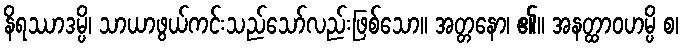
နိရဿာဒမ္ပိ၊ သာယာဖွယ်ကင်းသည်သော်လည်းဖြစ်သော။ အတ္တနော၊ ၏။ အနတ္ထာဝဟမ္ပိ စ၊